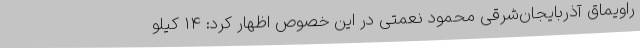
راویماق آذربایجان‌شرقی محمود نعمتی در این خصوص اظهار کرد: 14 کیلو